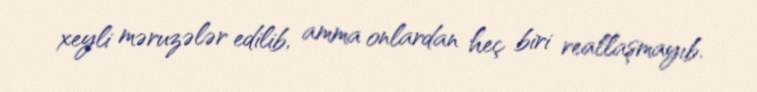
xeyli məruzələr edilib, amma onlardan heç biri reallaşmayıb.